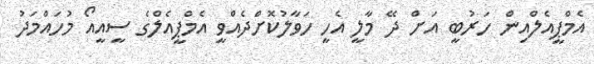
އެމްޕީއެލްއިން ހަރުބީ އަށް ދޭ މާލީ އެހީ ހަވާލުކޮށްދެއްވީ އެމްޕީއެލްގެ ސީއީއޯ މުހައްމަދު